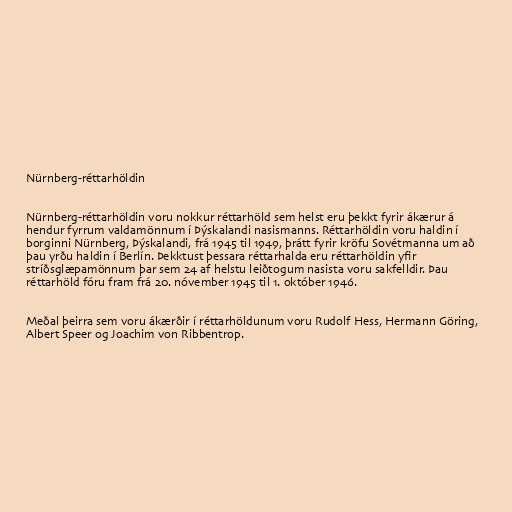
Nürnberg-réttarhöldin

Nürnberg-réttarhöldin voru nokkur réttarhöld sem helst eru þekkt fyrir ákærur á
hendur fyrrum valdamönnum í Þýskalandi nasismanns. Réttarhöldin voru haldin í
borginni Nürnberg, Þýskalandi, frá 1945 til 1949, þrátt fyrir kröfu Sovétmanna um að
þau yrðu haldin í Berlín. Þekktust þessara réttarhalda eru réttarhöldin yfir
stríðsglæpamönnum þar sem 24 af helstu leiðtogum nasista voru sakfelldir. Þau
réttarhöld fóru fram frá 20. nóvember 1945 til 1. október 1946.

Meðal þeirra sem voru ákærðir í réttarhöldunum voru Rudolf Hess, Hermann Göring,
Albert Speer og Joachim von Ribbentrop.